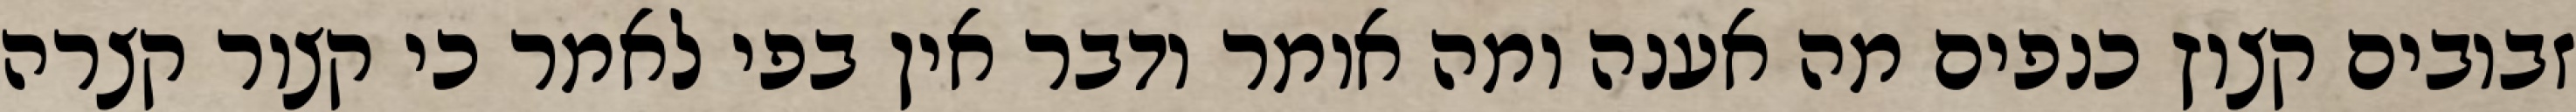
זבובים קצוץ כנפים מה אענה ומה אומר ודבר אין בפי לאמר כי קצור קצרה